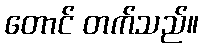
တောင် တက်သည်။